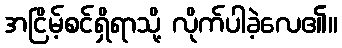
အငြိမ့်စင်ရှိရာသို့ လိုက်ပါခဲ့လေ၏။